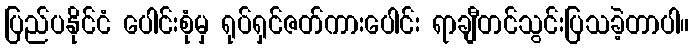
ပြည်ပနိုင်ငံ ပေါင်းစုံမှ ရုပ်ရှင်ဇတ်ကားပေါင်း ရာချီတင်သွင်းပြသခဲ့တာပါ။